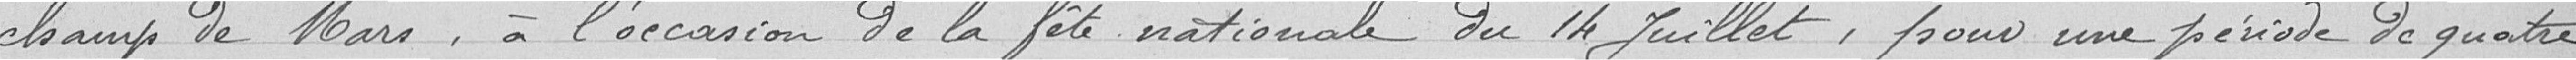
champ de Mars, à l’occasion de la fête nationale du 14 juillet, pour une période de quatre